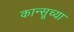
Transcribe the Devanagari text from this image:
कान्सूच्या